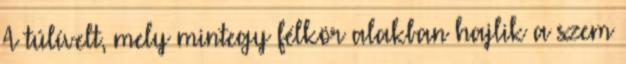
A túlívelt, mely mintegy félkör alakban hajlik a szem